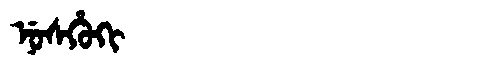
Manchu: ᠨᡠᠰᡥᡠᡴᡳ
Romanization: NUSHUKI